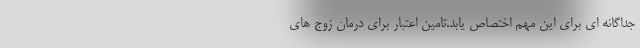
جداگانه ای برای این مهم اختصاص یابد.تامین اعتبار برای درمان زوج های